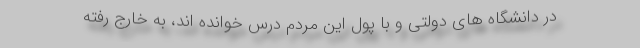
در دانشگاه های دولتی و با پول این مردم درس خوانده اند، به خارج رفته